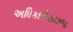
અધિકારીસમાજ